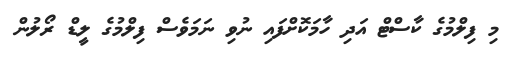
މި ފިލްމުގެ ކާސްޓް އަދި ހާމަކޮށްފައި ނުވި ނަމަވެސް ފިލްމުގެ ލީޑް ރޯލުން